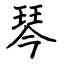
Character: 琴